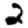
Digit: 2